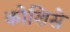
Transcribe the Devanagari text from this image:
कोशिसे